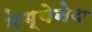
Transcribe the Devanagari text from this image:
मेग्बेनेथ